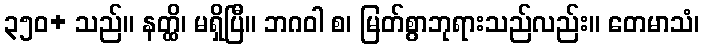
၃၅၀+ သည်။ နတ္ထိ၊ မရှိပြီ။ ဘဂဝါ စ၊ မြတ်စွာဘုရားသည်လည်း။ တေမာသံ၊